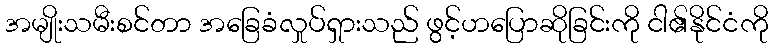
အမျိုးသမီးစင်တာ အခြေခံလှုပ်ရှားသည် ဖွင့်ဟပြောဆိုခြင်းကို ငါ၏နိုင်ငံကို